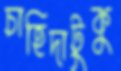
চাহিদাটুকু